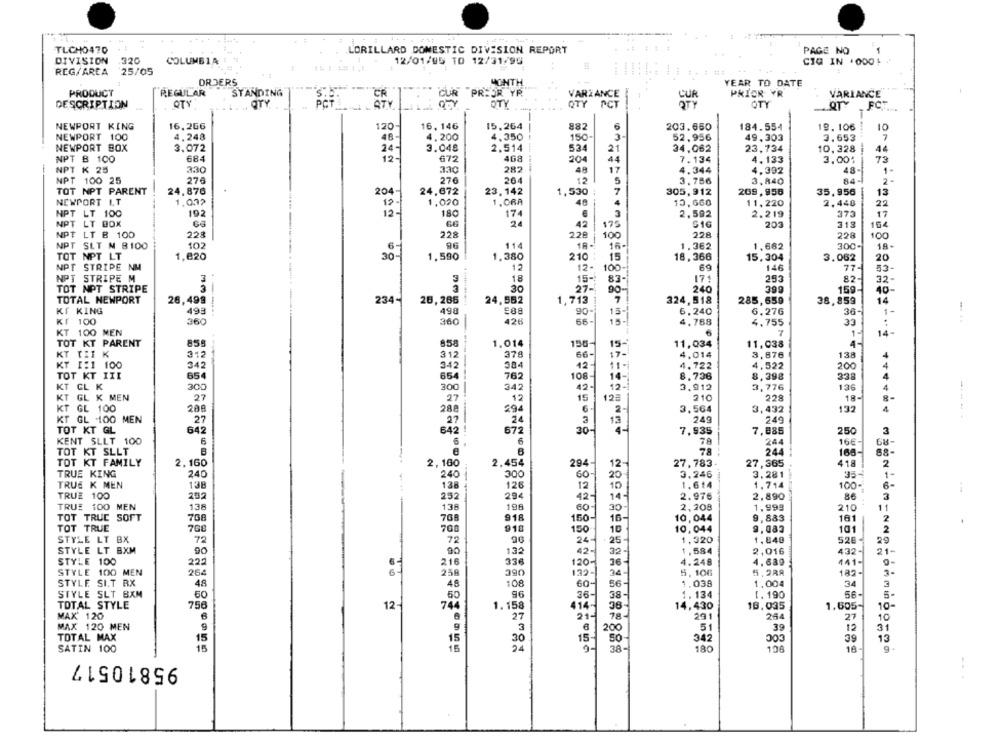
TLCHO470
LORILLARD DOMESTIC DIVISION REPORT
PAGE NO
1
DIVISION
320
COLUMBIA
12/01/95 TO 12/31/95
CIQ IN .0001
REG/AREA 25/05
ORDERS
MONTH
YEAR TO DATE
PRODUCT
REGULAR
STANDING
S.
CUR PRIOR YR
VARIANCE
PRIOR YR
VARIANCE
DESCRIPTION
OTY
OTY
STY
OTY
PCT
CUR
OTY
OTY
FCT
NEWPORT KING
16,266
120
16, 146
15.264
882
6
203.650
184.554
19.106
---
10
NEWPORT 100
4.248
48-
4.200
4.350
150-
3
52,956
49,303
3.653
7
NEWPORT BOX
3.072
3.048
2.514
534
21
34,062
23,734
10.328
4
24 -
NPT B 100
68€
12.
672
468
204
44
7.134
4.133
3.001
73
NPT K 25
330
330
282
48
17
4.344
4.392
48
1.
276
12
NPT 100 25
276
5
3.756
3,840
84-
2-
TOT NPT PARENT
24,876
204
24,672
23,142
1,530
7
305,912
209,956
35,956
13
NEWPORT LT
1.032
1. ORA
46
13,660
22
12 .
1,020
4
11,220
2.440
NPT LT 100
192
180
174
3
2.592
2.219
373
17
NPT LT BOX
24
42
104
175
203
313
NPT LT B 100
228
228
228
100
228
228
100
NPT SLT N B100
102
96
114
16-
1.362
1.682
300-
18-
TOT NPT LT
1,820
20-
1.590
1,380
210
15
18,366
15,304
3.062
20
NPT STRIPE NM
12
12-
100-
69
146
77-
NPT STRIPE M
3
18
15-
83-
171
253
82.
32.
TOT NPT STRIPE
30
27-
240
399
159-
90-
40-
TOTAL NEWPORT
26,499 !
234-
28, 266
24,552
1,713
324,518
285,659
38,859
14
KT KING
493
198
90-
5,240
6.276
36
1-
-----
426
66-
15-1
KI 100
360
360
15 -
4,788
4,755
33
:
KT 100 MEN
1-
14-
TOT KT PARENT
855
858
1.014
150-
15-
11,034
11,038
KT TEI K
312
312
378
66-
17-
4.014
3,876
138
4
342
384
4.522
4
KT 1:1 100
342
12-
11-
4.722
200
TOT KT IXI
654
654
762
108-
8.736
8,398
338
4
KT GL K
300
300
342
42-
3,776
126
4
12-1
3.912
KT GL K MEN
27
27
.12
15
123
210
228
18-
8-
KT GL 100
208
288
294
6
3,564
3,432
132
4
KT GL 100 MEN
27
27
24
249
249
TOT XT GL
642
642 !
672
30-
7,935
250
3
7,885
KENT SLLT 100
6
6
78
166
68-
TOT KT SLLT
6
78
244
168
88-
TOT KT FAMILY
2.160
2,160
2,454
294
12
27,783
27,365
418
2
TRUE KING
240
300
60-
20
3,246
3.281
35-
1
240
TRUE K MEN
138
138
126
12
10
1.614
1.714
100-
6-
TRUE 100
292
232
294
42-
14
2.976
2,890
3
TRUE 100 MEN
138
138
198
60
30
2,208
1.999
210
11
TOT TRUE SOFT
708
768
918
150
16-
10,044
9,883
161
2
TOT TRUE
918
768
768
150
10
10.044
9,083
101
2
STYLE LT BX
72
72
90
24 -
25-
1,320
1.840
525
29
STYLE LT BXM
132
32-
1,584
2,016
432-
21-
90
42-
STYLE 100
222
6
216
336
120
36-
4.248
4.639
441-
STYLE 100 MEN
264
258
390
132-
34-
182-
5, 106
3 -
STYLE SIT RX
48
48
108
60-
56
1.038
1,004
34
3
STYLE SLT BXM
1.134
56-
50
50
96
36-
38
1. 190
TOTAL STYLE
756
12-
744
414-
14,430
16.035
1.605-
10-
MAX' 120
6
21-
78-
291
264
27
10
MAX 120 MEN
9
200
5
39
COC
12
31
TOTAL MAX
15
15
15-
50-
342
13
39
SATIN 100
15
9-
38-
180
108
18-
9.
95810517